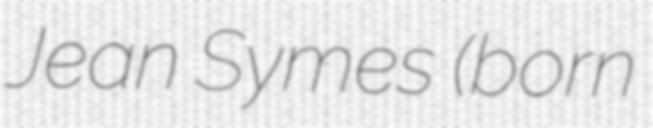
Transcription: Jean Symes (born